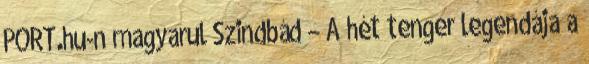
PORT.hu-n magyarul Szindbád – A hét tenger legendája a